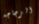
الزجاجه